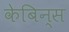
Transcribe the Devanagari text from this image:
केबिन्स